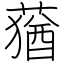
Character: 蕕